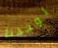
لوحدنا